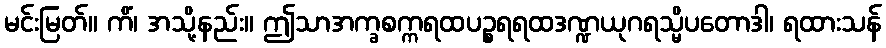
မင်းမြတ်။ ကိံ၊ အသို့နည်း။ ဤသာအက္ခစက္ကရထပဉ္စရရထဒဏ္ဍယုဂရသ္မိပတောဒါ၊ ရထားသန်